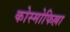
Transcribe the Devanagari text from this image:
कोस्मोफिल्ला